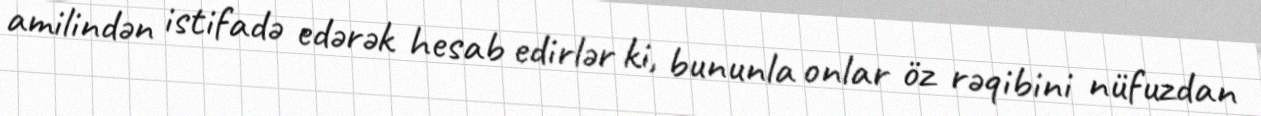
amilindən istifadə edərək hesab edirlər ki, bununla onlar öz rəqibini nüfuzdan